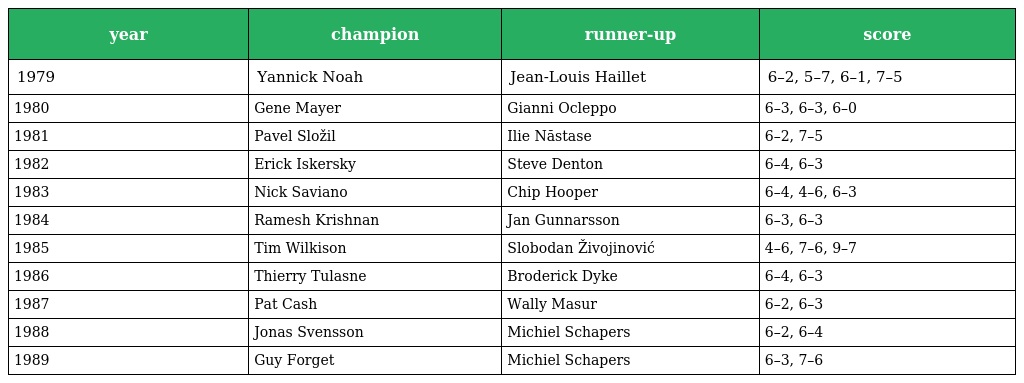
| year | champion | runner-up | score |
 | --- | --- | --- | --- |
 | 1979 | Yannick Noah | Jean-Louis Haillet | 6–2, 5–7, 6–1, 7–5 |
 | 1980 | Gene Mayer | Gianni Ocleppo | 6–3, 6–3, 6–0 |
 | 1981 | Pavel Složil | Ilie Năstase | 6–2, 7–5 |
 | 1982 | Erick Iskersky | Steve Denton | 6–4, 6–3 |
 | 1983 | Nick Saviano | Chip Hooper | 6–4, 4–6, 6–3 |
 | 1984 | Ramesh Krishnan | Jan Gunnarsson | 6–3, 6–3 |
 | 1985 | Tim Wilkison | Slobodan Živojinović | 4–6, 7–6, 9–7 |
 | 1986 | Thierry Tulasne | Broderick Dyke | 6–4, 6–3 |
 | 1987 | Pat Cash | Wally Masur | 6–2, 6–3 |
 | 1988 | Jonas Svensson | Michiel Schapers | 6–2, 6–4 |
 | 1989 | Guy Forget | Michiel Schapers | 6–3, 7–6 |